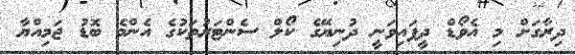
ދިރާގަށް މި އެވޯޑް ދީފައިވަނީ ދުނިޔޭގެ ކޯލް ސެންޓަރުތަކުގެ އެންމެ ބޮޑު ޖަމިއްޔާ